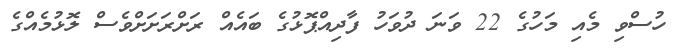
ހުސްވި މެއި މަހުގެ 22 ވަނަ ދުވަހު ފާދިއްޕޮޅުގެ ބައެއް ރަށްރަށަށްވެސް ލޮޅުމެއްގެ